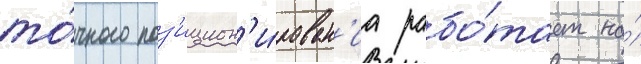
то́чного поз'ицион'и́рован'иа рабо́тает на́